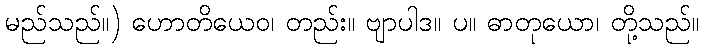
မည်သည်။) ဟောတိယေဝ၊ တည်း။ ဗျာပါဒ။ ပ။ ဓာတုယော၊ တို့သည်။